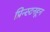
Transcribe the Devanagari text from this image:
प्रिन्स्टनहून